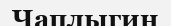
Чаплыгин